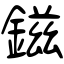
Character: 鎡